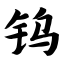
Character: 钨